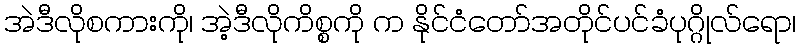
အဲဒီလိုစကားကို၊ အဲ့ဒီလိုကိစ္စကို က နိုင်ငံတော်အတိုင်ပင်ခံပုဂ္ဂိုလ်ရော၊